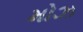
મોઝ